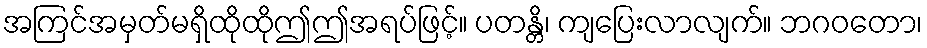
အကြင်အမှတ်မရှိထိုထိုဤဤအရပ်ဖြင့်။ ပတန္တိ၊ ကျပြေးလာလျက်။ ဘဂဝတော၊